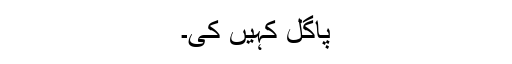
پاگل کہیں کی۔